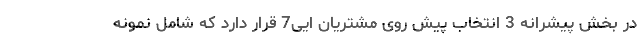
در بخش پیشرانه 3 انتخاب پیش روی مشتریان ایی7 قرار دارد که شامل نمونه